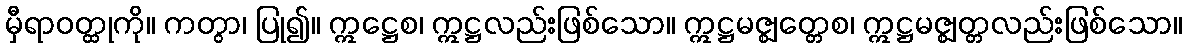
မှီရာဝတ္ထုကို။ ကတွာ၊ ပြု၍။ ဣဋ္ဌေစ၊ ဣဋ္ဌလည်းဖြစ်သော။ ဣဋ္ဌမဇ္ဈတ္တေစ၊ ဣဋ္ဌမဇ္ဈတ္တလည်းဖြစ်သော။